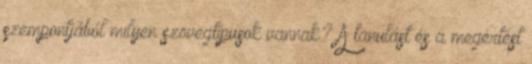
szempontjából milyen szövegtípusok vannak? A tanulást és a megértést